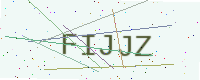
Text: FIJJZ